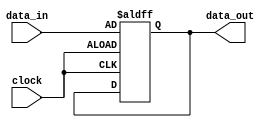
module level_sensitive_latch (
    input data_in,
    input clock,
    output reg data_out
);

always @ (posedge clock or negedge clock)
begin
    if (clock)
        data_out <= data_in;
end

endmodule